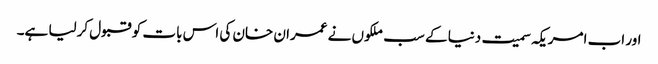
اور اب امریکہ سمیت دنیا کے سب ملکوں نے عمران خان کی اس بات کو قبول کرلیا ہے۔